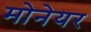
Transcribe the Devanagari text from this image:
मोनेयर